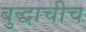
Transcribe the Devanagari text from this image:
बुद्धाचीच